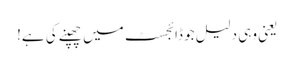
یعنی وہی دلیل جو ڈائجسٹ میں چھپنے کی ہے!